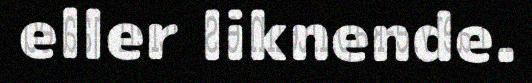
eller liknende.